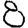
Digit: 8